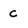
Character: C